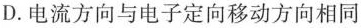
D. 电流方向与电子定向移动方向相同